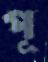
পূ